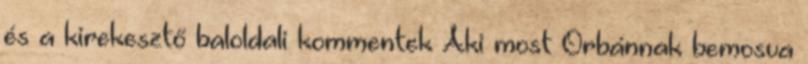
és a kirekesztő baloldali kommentek Aki most Orbánnak bemosva